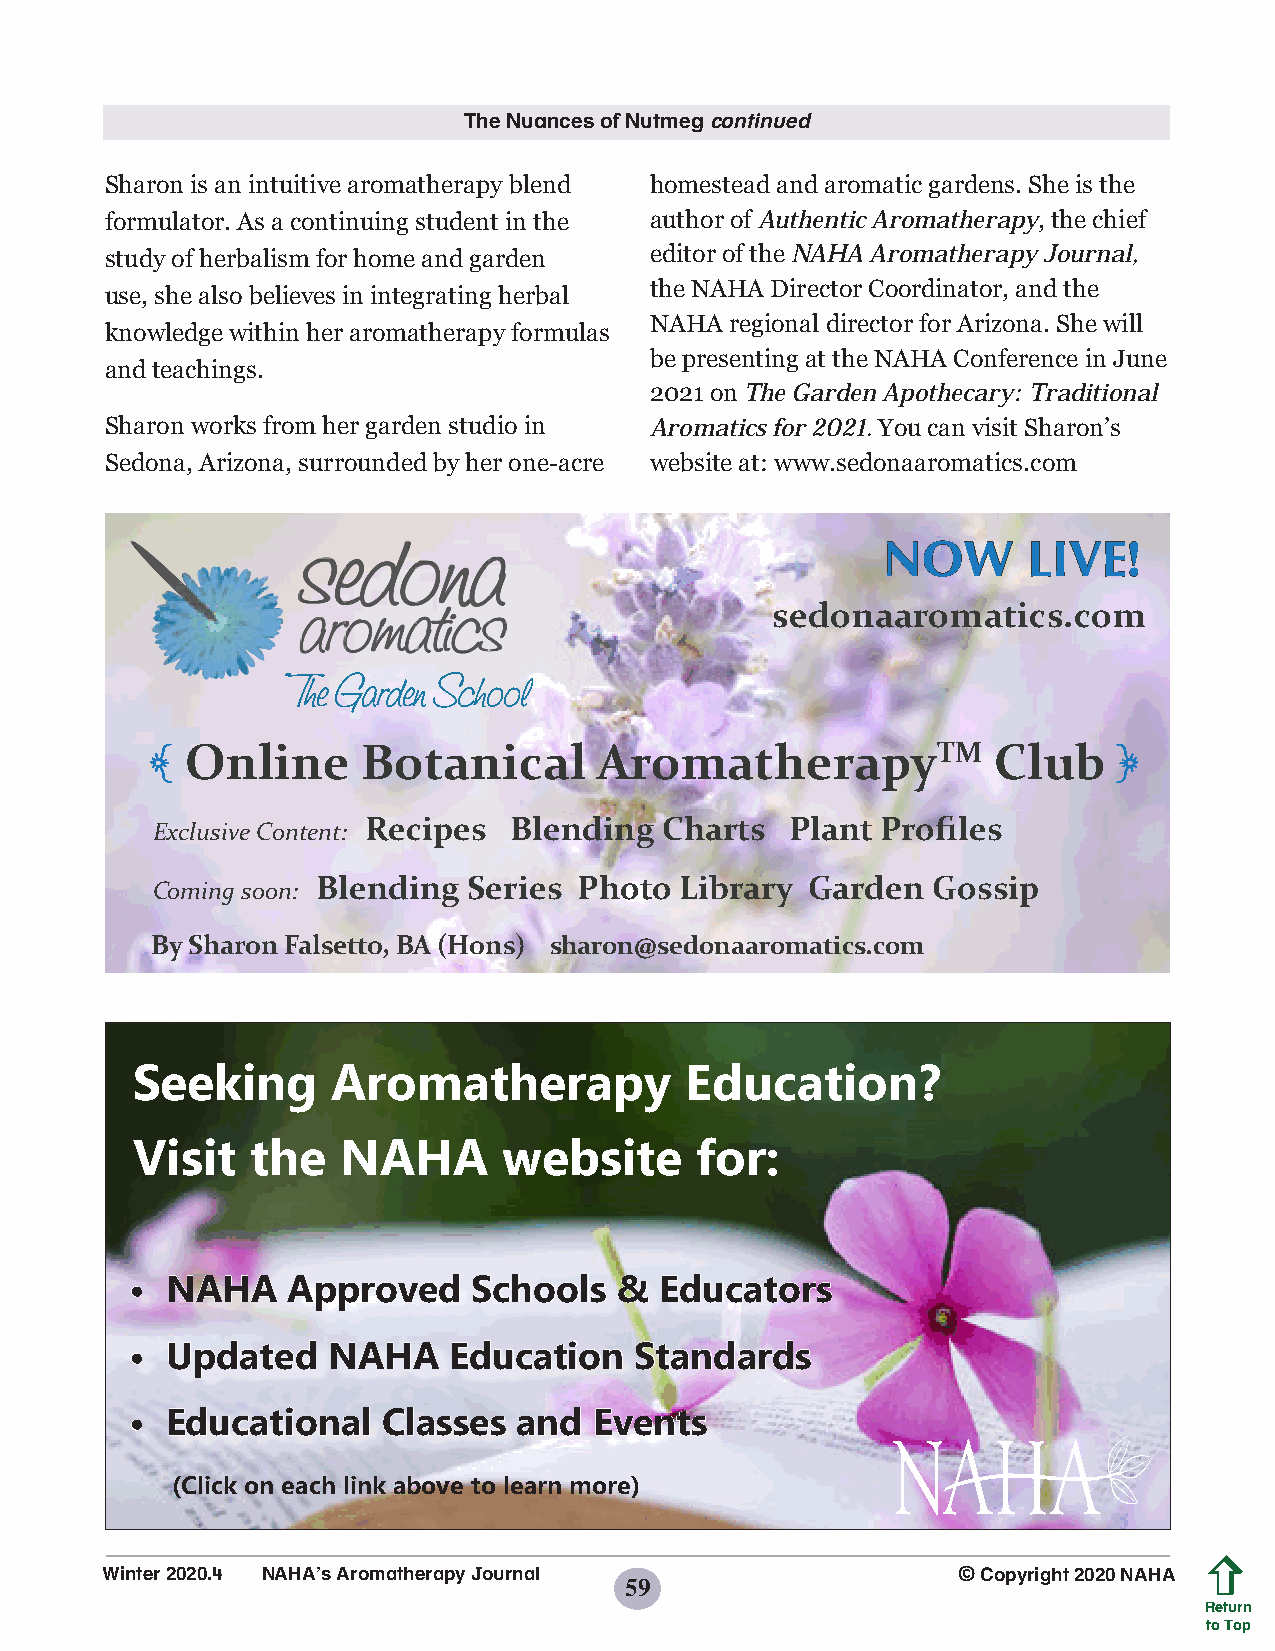
The Nuances of Nutmeg continued
 Sharon is an intuitive aromatherapy blend homestead and aromatic gardens. She is the
 formulator. As a continuing student in the author of Authentic Aromatherapy, the chief
 study of herbalism for home and garden editor of the NAHA Aromatherapy Journal,
 the NAHA Director Coordinator, and the
 use, she also believes in integrating herbal
 NAHA regional director for Arizona. She will
 knowledge within her aromatherapy formulas
 be presenting at the NAHA Conference in June
 and teachings.
 2021 on The Garden Apothecary: Traditional
 Sharon works from her garden studio in Aromatics for 2021. You can visit Sharon’s
 Sedona, Arizona, surrounded by her one-acre website at: www.sedonaaromatics.com
 NOW       LIVE!
 sedonaaromatics.com
 Online      Botanical       AromatherapyTM            Club
 [                                                               ]
 Exclusive Content: Recipes Blending Charts Plant Profiles
 Coming soon: Blending Series Photo Library  Garden  Gossip
 By Sharon Falsetto, BA (Hons) sharon@sedonaaromatics.com
 Seeking      Aromatherapy           Education?
 Visit   the   NAHA      website      for:
 • NAHA    Approved    Schools   &  Educators
 • Updated    NAHA    Education   Standards
 • Educational   Classes  and  Events
 (Click on each link above to learn more)
 Winter 2020.4 NAHA’s Aromatherapy Journal               © Copyright 2020 NAHA
 59
 Return
 to Top
 